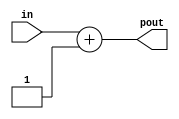
module plus(
    input wire in,
    output wire pout
);
    assign pout = in + 1;
endmodule